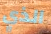
الذي